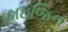
હાઇજિન